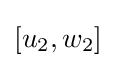
[u_{2},w_{2}]